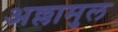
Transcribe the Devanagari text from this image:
अल्लामुल